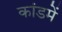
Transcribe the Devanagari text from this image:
कांडमें